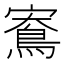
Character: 𪀱